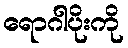
ရောဂါပိုးကို